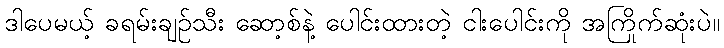
ဒါပေမယ့် ခရမ်းချဉ်သီး ဆော့စ်နဲ့ ပေါင်းထားတဲ့ ငါးပေါင်းကို အကြိုက်ဆုံးပဲ။